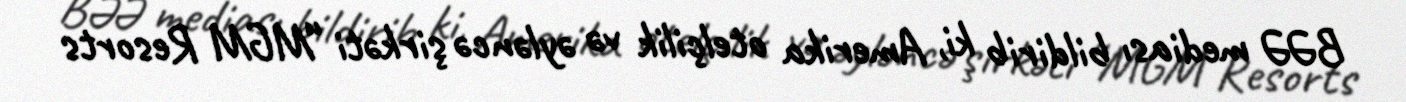
BƏƏ mediası bildirib ki, Amerika otelçilik və əyləncə şirkəti “MGM Resorts